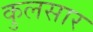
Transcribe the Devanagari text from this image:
कुलसार